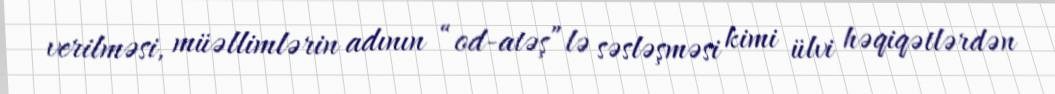
verilməsi, müəllimlərin adının “od-atəş”lə səsləşməsi kimi ülvi həqiqətlərdən